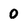
Character: 0